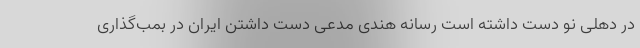
در دهلی نو دست داشته است رسانه هندی مدعی دست داشتن ایران در بمب‌گذاری